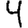
Digit: 4